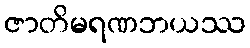
ဇာတိမရဏဘယဿ